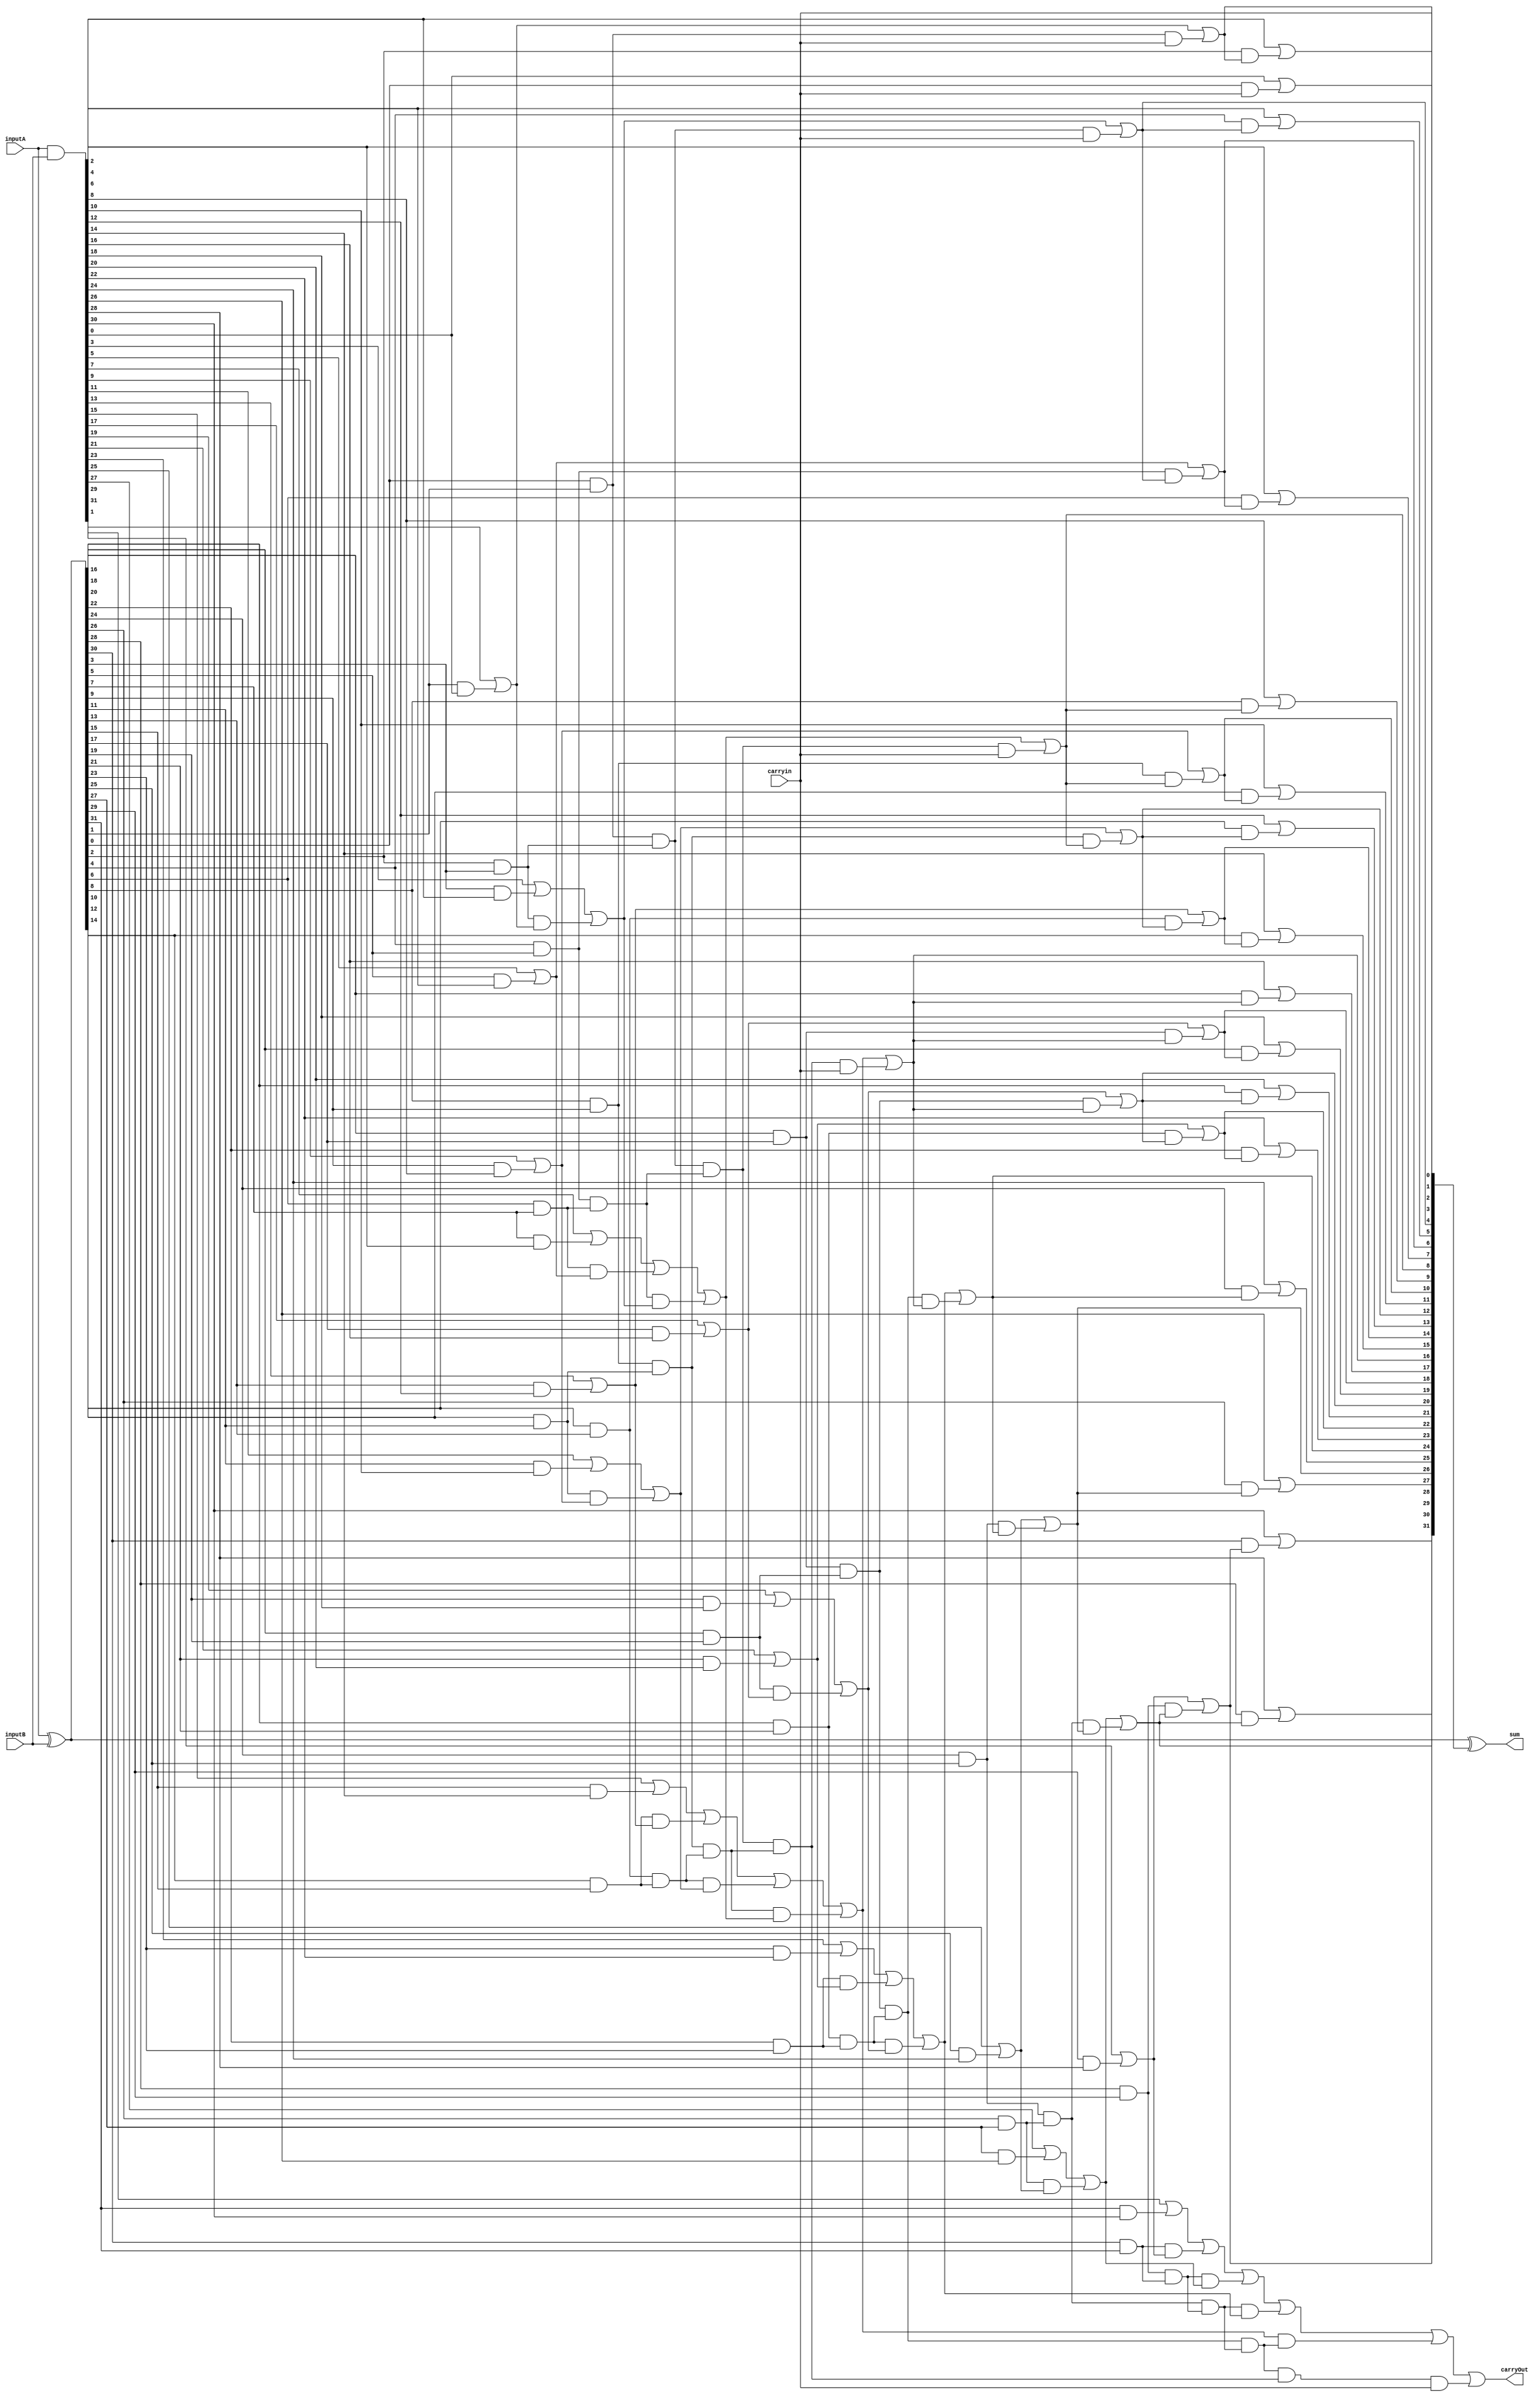
`timescale 10ns/1ps

module BrentKung(inputA,inputB,carryin,sum,carryOut);
input [31:0] inputA;
input [31:0] inputB;
input  carryin;
output [31:0] sum;
output  carryOut;
wire [31:0] POne;
wire [31:0] GOne;
parameter size=32;
reg [(size/2-1) :0] Ptwo;
reg [(size/2-1) :0] Gtwo;

reg [(size/4-1) :0] Pthree;
reg [(size/4-1) :0] Gthree;


reg [(size/8-1) :0] Gfour;
reg [(size/8-1) :0] Pfour;

reg [(size/16-1) :0] Gfive;
reg [(size/16-1) :0] Pfive;

wire Gsix;
wire Psix;


wire [32:1]C;



//loop
integer i;


assign POne=inputA ^ inputB;
assign GOne=inputA & inputB;

always@(POne,GOne)
begin
for(i=0;i<size/2 ;i=i+1)
begin
Gtwo[i]=GOne[{i,1'b0}+1'b1] | (POne[{i,1'b0}+1'b1]&GOne[{i,1'b0}]);
Ptwo[i]=(POne[{i,1'b0}])&POne[{i,1'b0}+1'b1];
end
end


always@(Gtwo,Ptwo)
begin
for(i=0;i<size/4 ;i=i+1)
begin
Gthree[i]=Gtwo[{i,1'b0}+1'b1] | (Ptwo[{i,1'b0}+1'b1]&Gtwo[{i,1'b0}]);
Pthree[i]=(Ptwo[{i,1'b0}])&Ptwo[{i,1'b0}+1'b1];
end
end

always@(Gthree,Pthree)
begin
for(i=0;i<size/8 ;i=i+1)
begin
Gfour[i]=Gthree[{i,1'b0}+1'b1] | (Pthree[{i,1'b0}+1'b1]&Gthree[{i,1'b0}]);
Pfour[i]=(Pthree[{i,1'b0}])&Pthree[{i,1'b0}+1'b1];
end
end

always@(Gfour,Pfour)
begin
for(i=0;i<size/16 ;i=i+1)
begin
Gfive[i ]=Gfour[{i,1'b0}+1'b1] | (Pfour[{i,1'b0}+1'b1]&Gfour[{i,1'b0}]);
Pfive[i]=(Pfour[{i,1'b0}])&Pfour[{i,1'b0}+1'b1];
end
end

assign Gsix=Gfive[1'b1] | (Gfive[1'b0] & Pfive[1'b1]);
assign Psix=Pfive[1'b1] & Pfive[1'b0];


assign C[1]=GOne[0] |(POne[0] & carryin);
assign C[2]=Gtwo[0] |(Ptwo[0] & carryin);
assign C[4]=Gthree[0] |(Pthree[0] & carryin);
assign C[8]=Gfour[0] |(Pfour[0] & carryin);
assign C[16]=Gfive[0] |(Pfive[0] & carryin);
assign C[32]=Gsix |(Psix & carryin);






assign C[3]=GOne[2] |(POne[2] & C[2]);
assign C[5]=GOne[4] |(POne[4] & C[4]);
assign C[7]=GOne[6] |(POne[6] & C[6]);
assign C[9]=GOne[8] |(POne[8] & C[8]);
assign C[11]=GOne[10] |(POne[10] & C[10]);
assign C[13]=GOne[12] |(POne[12] & C[12]);
assign C[15]=GOne[14] |(POne[14] & C[14]);
assign C[17]=GOne[16] |(POne[16] & C[16]);
assign C[19]=GOne[18] |(POne[18] & C[18]);
assign C[21]=GOne[20] |(POne[20] & C[20]);
assign C[23]=GOne[22] |(POne[22] & C[22]);
assign C[25]=GOne[24] |(POne[24] & C[24]);
assign C[27]=GOne[26] |(POne[26] & C[26]);
assign C[29]=GOne[28] |(POne[28] & C[28]);
assign C[31]=GOne[30] |(POne[30] & C[30]);




assign C[12]=Gthree[2] |(Pthree[2] & C[8]);
assign C[20]=Gthree[4] |(Pthree[4] & C[16]);
assign C[28]=Gthree[6] |(Pthree[6] & C[26]);




assign C[24]=Gfour[2] |(Pfour[2] & C[16]);




assign C[6]=Gtwo[2] |(Ptwo[2] & C[4]);
assign C[10]=Gtwo[4] |(Ptwo[4] & C[8]);
assign C[14]=Gtwo[6] |(Ptwo[6] & C[12]);
assign C[18]=Gtwo[8] |(Ptwo[8] & C[16]);
assign C[22]=Gtwo[10] |(Ptwo[10] & C[20]);
assign C[26]=Gtwo[12] |(Ptwo[12] & C[24]);
assign C[30]=Gtwo[14] |(Ptwo[14] & C[28]);





assign  sum= POne^ {C[31:1],carryin};
assign carryOut=C[32];




endmodule